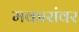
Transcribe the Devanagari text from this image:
मकारांवर